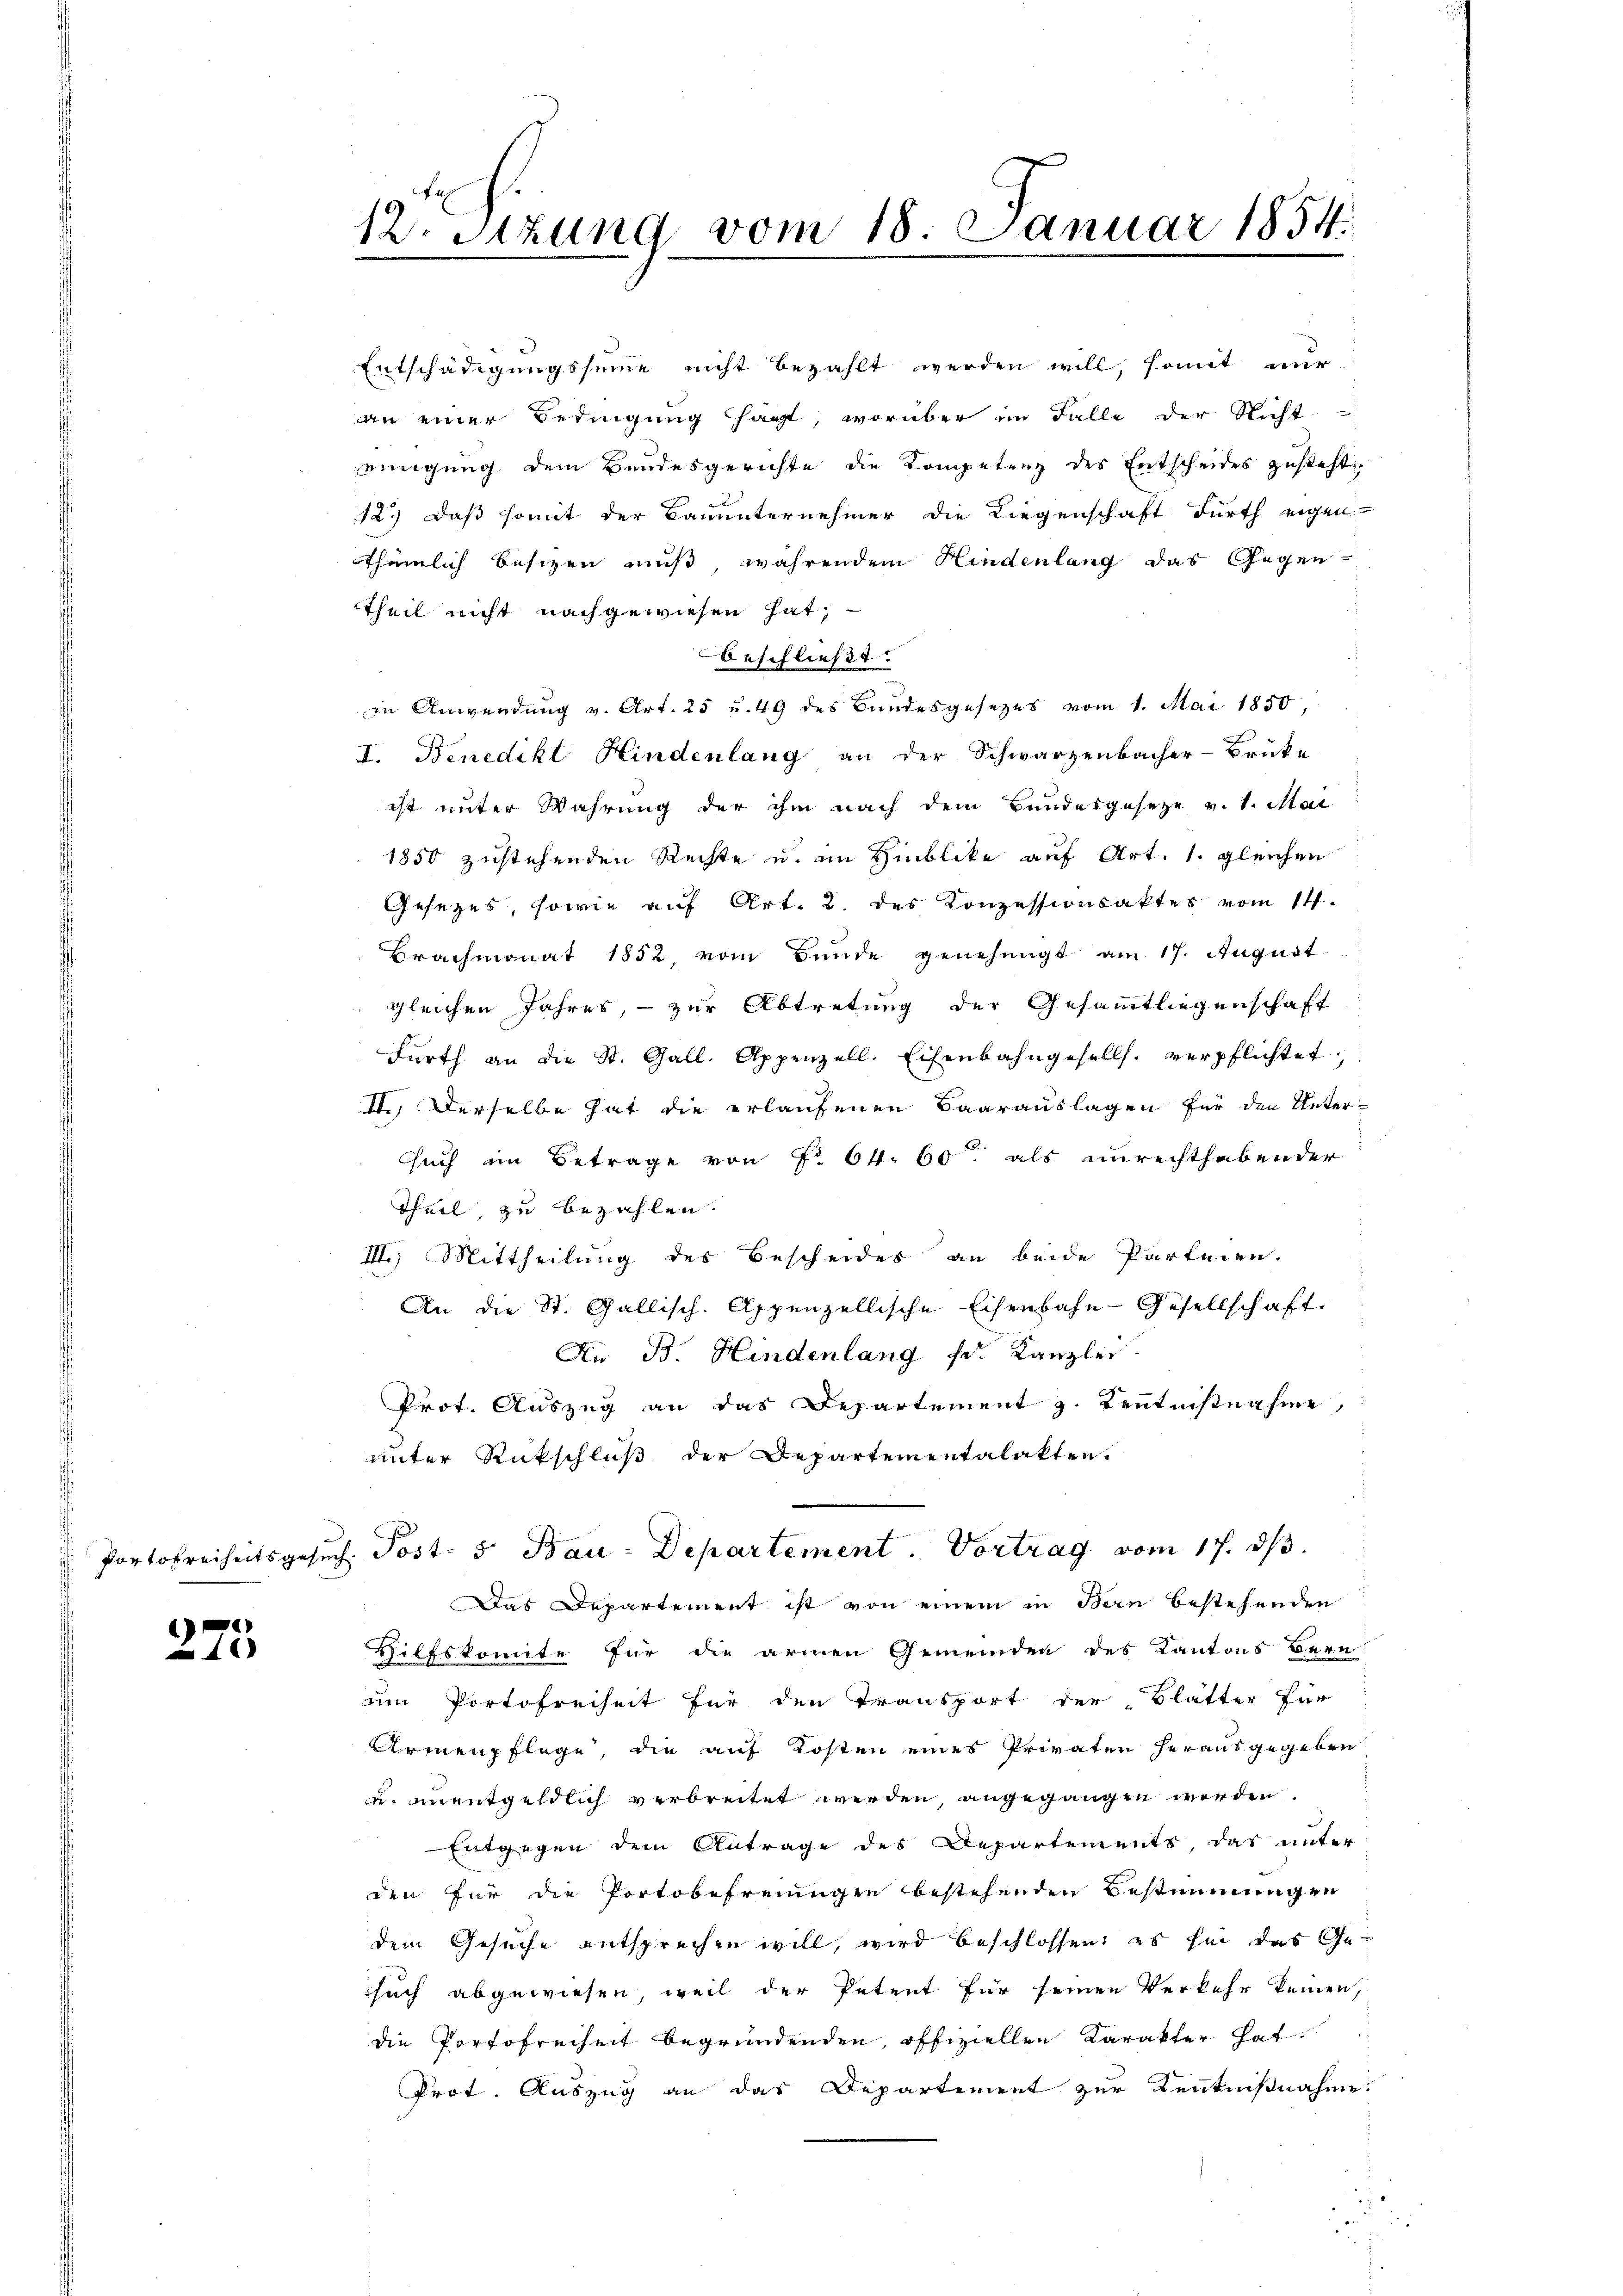
275

Entschädigungssumme nicht bezahlt werden will, somit nur
an einer Bedingung sagt, worüber im Falle der Nicht
einigung dem Bandesgerichte die Kompetenz des Entscheides zusteht.
12.) Daß somit der Bauunternehmer die Liegenschaft Fürth eigen
thämlich besizen muß, währendem Hindenlang das Gegen-
Theil nicht nachgewiesen hat;
beschließt:
in Anwendung v. Art. 25 u. 49 des Bundesgesetzes vom 1. Mai 1850,
I. Benedikt Hindenlang an der Schwarzenbacher-Brücke
ist unter Wahrung der ihm nach dem Bundesgeseze v. 1. Mai
1850 zustehenden Rechte u. im Hinblike auf Art. 1. gleichen
Gesezes, sowie auf Art. 2. des Konzessionsaktes vom 11.
Brachmonat 1852, vom Bunde genehmigt am 17. August
gleichen Jahres, - zur Abtretung der Gesammtliegenschaft
Fürth an die St. Gall. Appenzell. Eisenbahngesells. verpflichtet,
II.) Derselbe hat die erlaufenen Baarauslagen für den Untersuch im Betrage von f. 64. 60 als unrechthabender
Theil, zu bezahlen.
II.) Mittheilung des Bescheides an beide Parteien.
An die St. Gallisch-Appenzellische Eisenbahn-Gesellschaft.
An B. Hindenlang fr. Kanzlei.
Prot. Auszug an das Departement z. Kenntnisnahme,
unter Rückschluß der Departementalakten.
Portofreiheitsgesuch. Post- 5. Bau-Departement. Vortrag vom 17. ds.
 Das Departement ist von einem in Bern bestehenden
Hilfskomite für die armen Gemeinden des Kantons Bern
um Portofreiheit für den Transport der Blätter für
Armenpflege, die auf Kosten eines Privaten herausgegeben
u. unentgeldlich verbreitet werden, angegangen werden.
Entgegen dem Antrage des Departements, das unter
den für die Portobefreiungen bestehenden Bestimmungen
dem Gesuche entsprechen will, wird beschlossen, es sei das Gesuch abgewiesen, weil der Petent für seinen Verkehr keinen,
die Portofreiheit begründenden, offiziellen Karakter hat
Prot. Auszug an das Departement zur Kenntnißnahme.

12. Sitzung vom 18. Januar 1854.